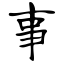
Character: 事